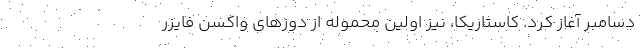
دسامبر آغاز کرد. کاستاریکا، نیز اولین محموله از دوزهای واکسن فایزر